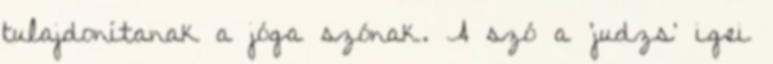
tulajdonítanak a jóga szónak. A szó a 'judzs' igei